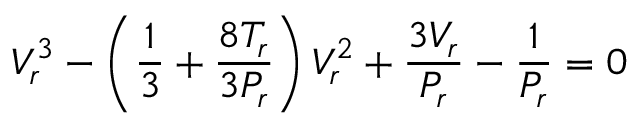
V _ { r } ^ { 3 } - \left( { \frac { 1 } { 3 } } + { \frac { 8 T _ { r } } { 3 P _ { r } } } \right) V _ { r } ^ { 2 } + { \frac { 3 V _ { r } } { P _ { r } } } - { \frac { 1 } { P _ { r } } } = 0